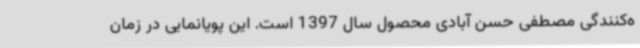
ه‌کنندگی مصطفی حسن آبادی محصول سال 1397 است. این پویانمایی در زمان